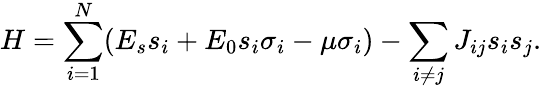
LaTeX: H=\sum_{i=1}^{N}(E_{s}s_{i}+E_{0}s_{i}\sigma_{i}-\mu\sigma_{i})-\sum_{i\neq j}J_{ij}s_{i}s_{j}.